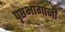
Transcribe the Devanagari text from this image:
पृष्ठभागांनी